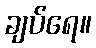
ချပ်ရေ။